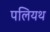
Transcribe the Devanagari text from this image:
पलियथ